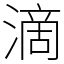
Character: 滴